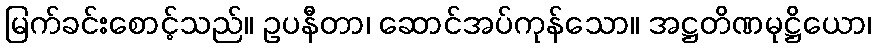
မြက်ခင်းစောင့်သည်။ ဥပနီတာ၊ ဆောင်အပ်ကုန်သော။ အဋ္ဌတိဏမုဋ္ဌိယော၊